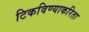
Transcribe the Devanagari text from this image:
टिकविण्याकरिता